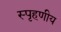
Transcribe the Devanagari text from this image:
स्‍पृहणीय